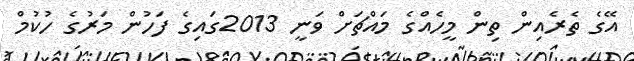
އޭގެ ތެރެއިން ތިން މީހެއްގެ މައްޗަށް ވަނީ 2013ގައިގެ ފަހުން މަރުގެ ހުކުމް